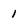
Character: 1